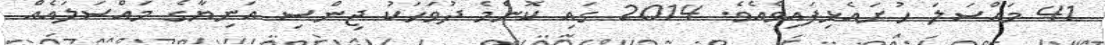
41 މައްސަލަ ހުށައެޅިފައިވެއެވެ. 2014 ގައި ކޮންމެ ދުވަހަކު ޖިންސި އަނިޔާގެ މައްސަލައެއް